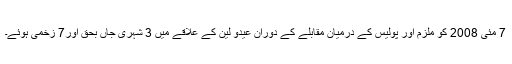
7 مئی 2008 کو ملزم اور پولیس کے درمیان مقابلے کے دوران عیدو لین کے علاقے میں 3 شہری جاں بحق اور7 زخمی ہوئے۔